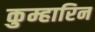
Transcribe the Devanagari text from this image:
कुम्हारिन